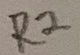
Text: R2